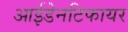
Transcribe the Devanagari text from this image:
आईडेनटिफायर